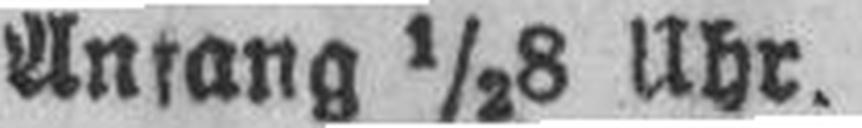
Anfang ½8 Uhr.